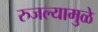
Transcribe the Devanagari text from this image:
रुजल्यामुळे